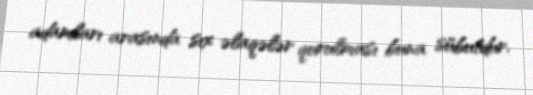
adamları arasında sıx əlaqələr qurulması buna sübutdur.